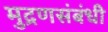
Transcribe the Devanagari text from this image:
मुद्रणसंबंधी